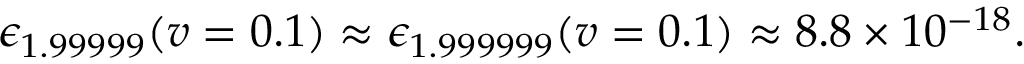
\epsilon _ { 1 . 9 9 9 9 9 } ( v = 0 . 1 ) \approx \epsilon _ { 1 . 9 9 9 9 9 9 } ( v = 0 . 1 ) \approx 8 . 8 \times 1 0 ^ { - 1 8 } .